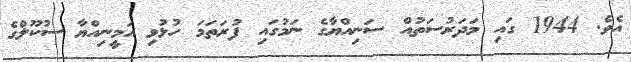
އެވެ. 1944 ގައި މަދަރުސަތުއް ސަނިއްޔާގެ ނަމުގައި ފުރަތަމަ ހުޅުވި އަމީނިއްޔާ ސުކޫލްގެ